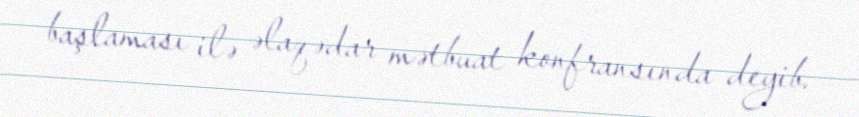
başlaması ilə əlaqədar mətbuat konfransında deyib.